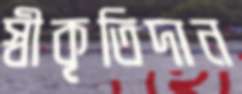
স্বীকৃতিদান